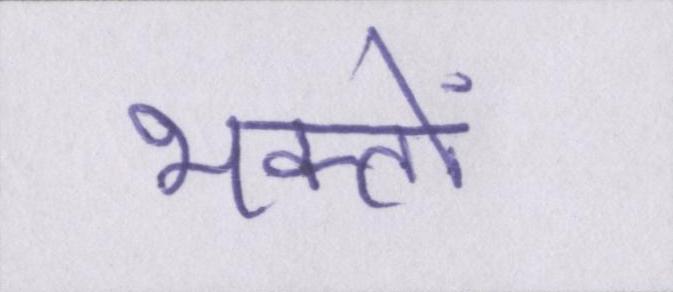
भक्तों